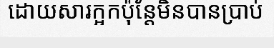
ដោយសារក្អកប៉ុន្តែមិនបានប្រាប់